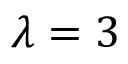
\lambda = 3